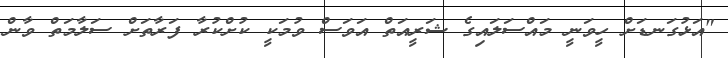
"އަޅުގަނޑަށް ހީވަނީ މައްސަލައިގެ ޝަރީއަތް އަވަސް ވުމަކީ ކުށްކުރާ ފަރާތަށް ސަލާމަތް ވާން